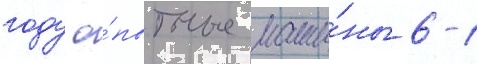
году о́пытные маши́ны 6-1